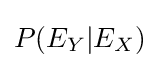
P(E_{Y}|E_{X})